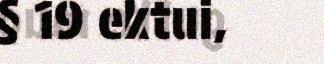
§ 19 ektui,